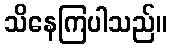
သိနေကြပါသည်။